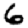
Digit: 6